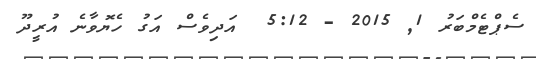
ސެޕްޓެމްބަރު 1